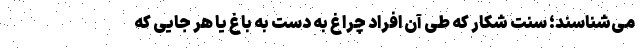
می‌شناسند؛ سنت شکار که طی آن افراد چراغ به دست به باغ یا هر جایی که